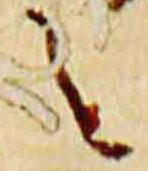
之